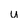
Character: u